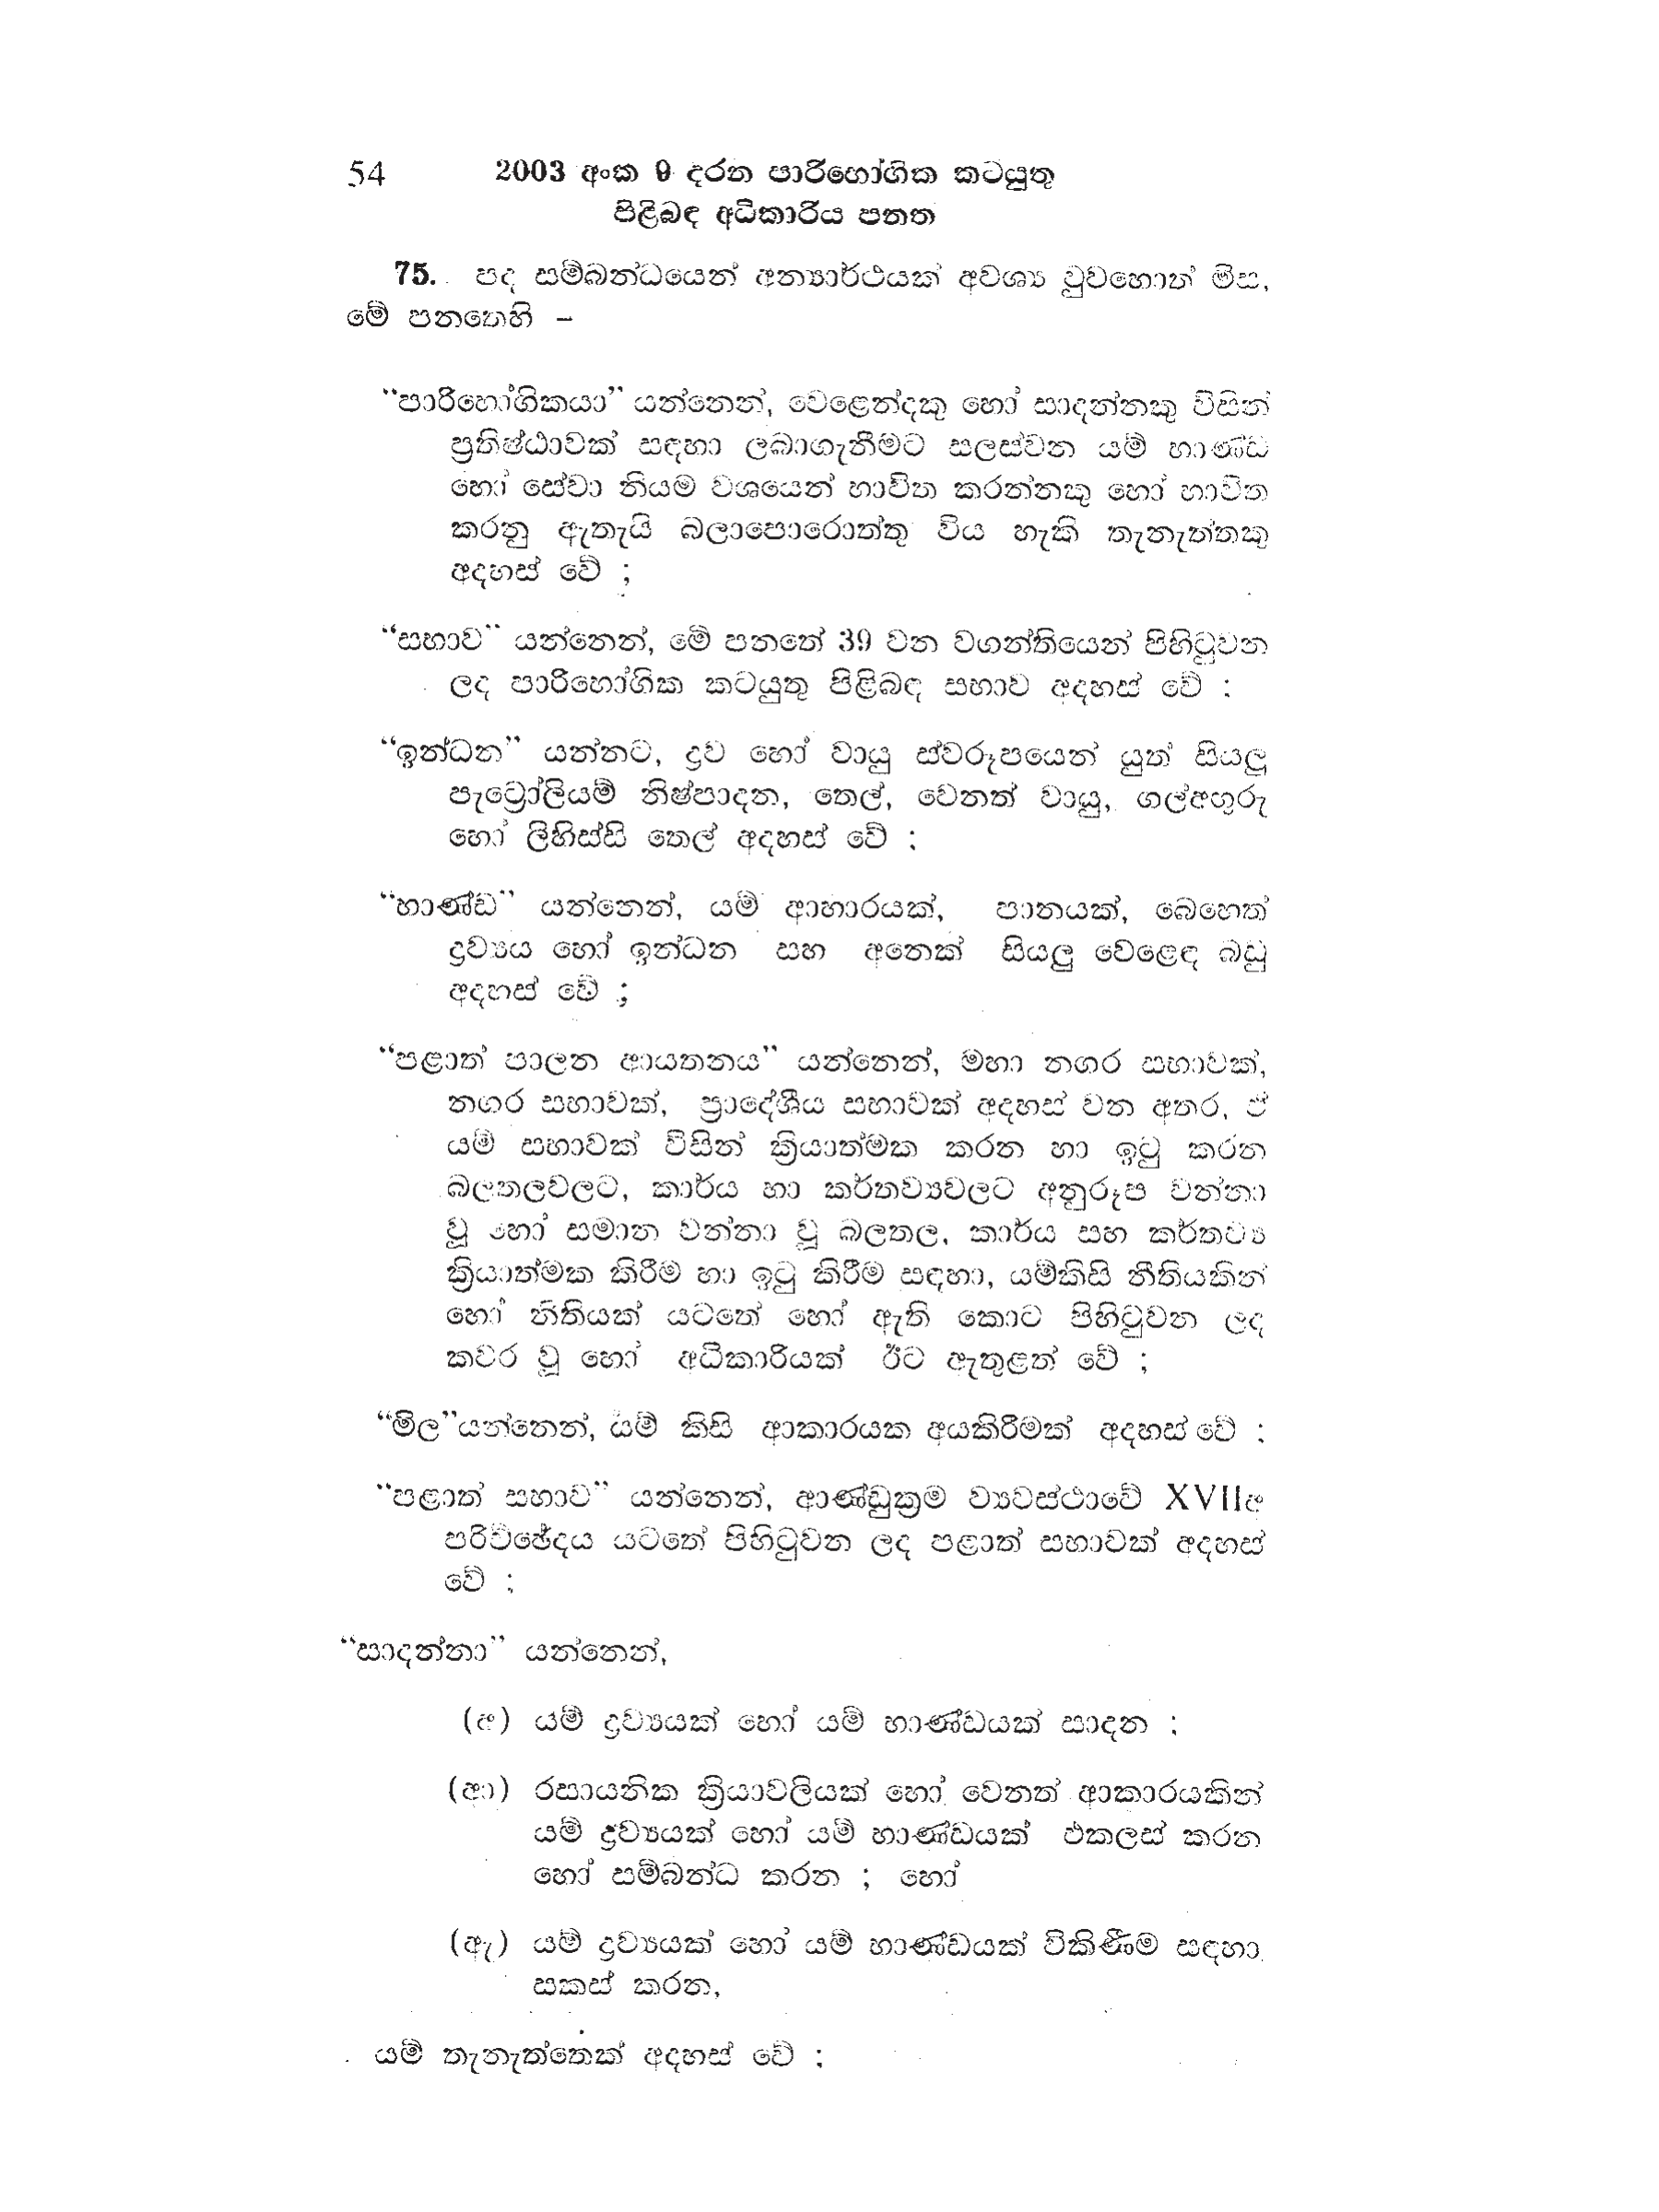
54 2003 අංක 9 දරන පාරිභෝගික කටයුතු
පිළිබඳ අධිකාරිය පනත

75. පද සම්බන්ධයෙන් අන්‍යාර්ථයක් අවශ්‍ය වුවහොත් මිස,
මේ පනතෙහි-

“පාරිභෝගිකයා” යන්නෙන්, වෙළෙන්දකු හෝ සාදන්නකු විසින්
ප්‍රතිෂ්ඨාවක් සඳහා ලබා ගැනීමට සලස්වන යම් භාණ්ඩ
හෝ සේවා නියම වශයෙන් භාවිත කරන්නකු හෝ භාවිත
කරනු ඇතැයි බලාපොරොත්තු විය හැකි තැනැත්තකු
අදහස් වේ ;

“සභාව" යන්නෙන්, මේ පනතේ 39 වන වගන්තියෙන් පිහිටුවන
ලද පාරිභෝගික කටයුතු පිළිබඳ සභාව අදහස් වේ ;

"ඉන්ධන" යන්නට, ද්‍රව හෝ වායු ස්වරූපයෙන් යුත් සියලු
පැට්‍රෝලියම් නිෂ්පාදන, තෙල්, වෙනත් වායු, ගල්අගුරු
හෝ ලිහිස්සි තෙල් අදහස් වේ ;

“භාණ්ඩ” යන්නෙන්, යම් ආහාරයක්, පානයක්, බෙහෙත්
ද්‍රව්‍යය හෝ ඉන්ධන සහ අනෙක් සියලු වෙළෙඳ බඩු
අදහස් වේ ;

“පළාත් පාලන ආයතනය" යන්නෙන්, මහා නගර සභාවක්,
නගර සභාවක්, ප්‍රාදේශීය සභාවක් අදහස් වන අතර, ඒ
යම් සභාවක් විසින් ක්‍රියාත්මක කරන හා ඉටු කරන
බලතලවලට, කාර්ය හා කර්තව්‍යවලට අනුරූප වන්නා
වූ හෝ සමාන වන්නා වූ බලතල, කාර්ය සහ කර්තව්‍ය
ක්‍රියාත්මක කිරීම හා ඉටු කිරීම සඳහා, යම්කිසි නීතියකින්
හෝ නීතියක් යටතේ හෝ ඇති කොට පිහිටුවන ලද
කවර වූ හෝ අධිකාරියක් ඊට ඇතුළත් වේ ;

“මිල” යන්නෙන්, යම් කිසි ආකාරයක අයකිරීමක් අදහස් වේ:

"පළාත් සභාව " යන්නෙන්, ආණ්ඩුක්‍රම ව්‍යවස්ථාවේ XVIIඅ
පරිච්ඡේදය යටතේ පිහිටුවන ලද පළාත් සභාවක් අදහස්
වේ ;

"සාදන්නා” යන්නෙන්,

(අ) යම් ද්‍රව්‍යයක් හෝ යම් භාණ්ඩයක් සාදන ;

(ආ) රසායනික ක්‍රියාවලියක් හෝ වෙනත් ආකාරයකින්
යම් ද්‍රව්‍යයක් හෝ යම් භාණ්ඩයක් එකලස් කරන
හෝ සම්බන්ධ කරන ; හෝ

(ඇ) යම් ද්‍රව්‍යයක් හෝ යම් භාණ්ඩයක් විකිණීම සඳහා
සකස් කරන,

යම් තැනැත්තෙක් අදහස් වේ;